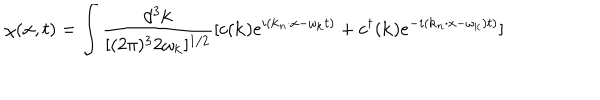
\chi ( { \bf x } , t ) = \int \frac { d ^ { 3 } { \bf k } } { [ ( 2 \pi ) ^ { 3 } 2 \omega _ { \bf k } ] ^ { 1 / 2 } } [ c ( { \bf k } ) e ^ { i ( { \bf k } _ { n } \cdot x - \omega _ { \bf k } t ) } + c ^ { \dagger } ( { \bf k } ) e ^ { - i ( { \bf k } _ { n } \cdot x - \omega _ { \bf k } ) t ) } ]